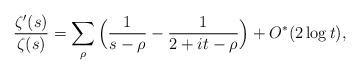
LaTeX: \begin{align*}\frac{\zeta'(s)}{\zeta(s)} = \sum_{\rho} \Big(\frac{1}{s-\rho}-\frac{1}{2+it-\rho} \Big) + O^*(2 \log t),\end{align*}